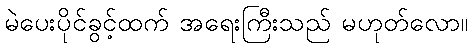
မဲပေးပိုင်ခွင့်ထက် အရေးကြီးသည် မဟုတ်လော။